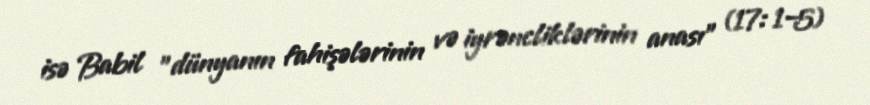
isə Babil "dünyanın fahişələrinin və iyrəncliklərinin anası" (17: 1–5)